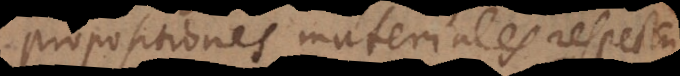
propositiones materiales respectu